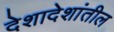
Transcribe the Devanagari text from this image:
देशादेशांतील